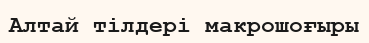
Алтай тілдері макрошоғыры